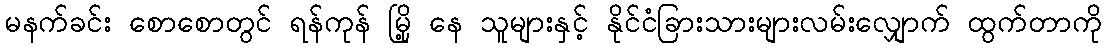
မနက်ခင်း စောစောတွင် ရန်ကုန် မြို့ နေ သူများနှင့် နိုင်ငံခြားသားများလမ်းလျှောက် ထွက်တာကို